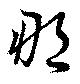
那